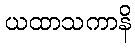
ယထာသကာနိ